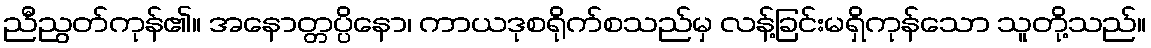
ညီညွတ်ကုန်၏။ အနောတ္တပ္ပိနော၊ ကာယဒုစရိုက်စသည်မှ လန့်ခြင်းမရှိကုန်သော သူတို့သည်။